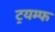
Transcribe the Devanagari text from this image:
ट्रयम्फ